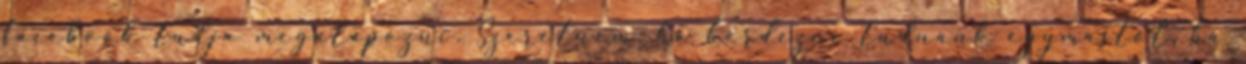
facebook tudja megalapozni. Szeretném, ha kérdezni tudnánk egymástól, ha